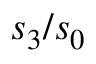
s _ { 3 } / s _ { 0 }